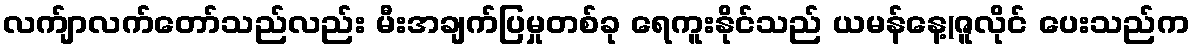
လက်ျာလက်တော်သည်လည်း မီးအချက်ပြမှုတစ်ခု ရေကူးနိုင်သည် ယမန်နေ့(ဇူလိုင် ပေးသည်က